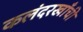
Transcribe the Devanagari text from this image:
कलंदरखाँची